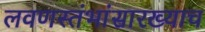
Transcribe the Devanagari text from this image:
लवणस्तंभांसारख्याच